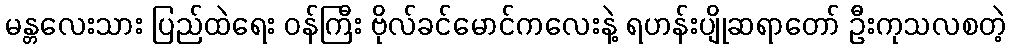
မန္တလေးသား ပြည်ထဲရေး ဝန်ကြီး ဗိုလ်ခင်မောင်ကလေးနဲ့ ရဟန်းပျိုဆရာတော် ဦးကုသလစတဲ့